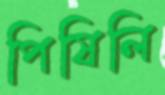
পিষিলি